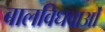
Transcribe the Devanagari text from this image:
बालविधवाओं